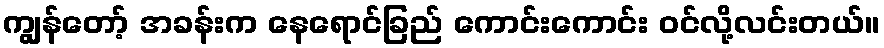
ကျွန်တော့် အခန်းက နေရောင်ခြည် ကောင်းကောင်း ဝင်လို့လင်းတယ်။